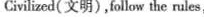
Civilized(文明),follow the rules,